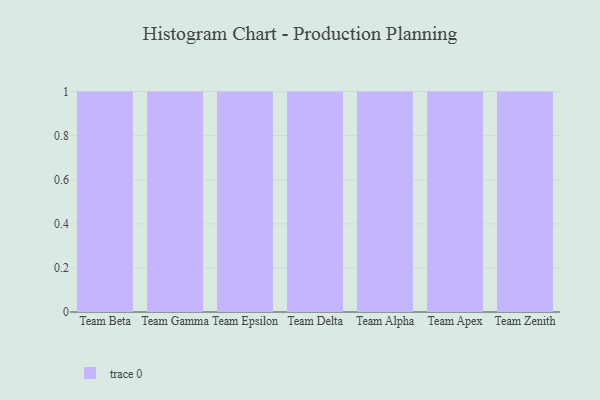
{"axis": {"x": "Team", "y": "Satisfaction Score"}, "legend": [""], "data": [{"x": "Team Beta", "y": 6, "type": ""}, {"x": "Team Gamma", "y": 13, "type": ""}, {"x": "Team Epsilon", "y": 21, "type": ""}, {"x": "Team Delta", "y": 48, "type": ""}, {"x": "Team Alpha", "y": 13, "type": ""}, {"x": "Team Apex", "y": 76, "type": ""}, {"x": "Team Zenith", "y": 68, "type": ""}]}